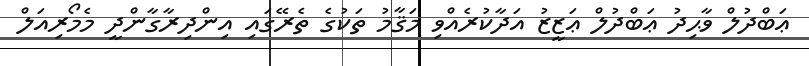
ޢަބްދުލް ވާޙިދު ޢަބްދުލް ޢަޒީޒު އަދާކުރެއްވި މަޤާމު ތަކުގެ ތެރޭގައި އިންދިރާގާންދީ މެމޯރިއަލް